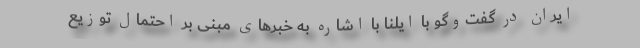
ایران در گفت‌وگو با ایلنا با اشاره به خبر‌های مبنی بر احتمال توزیع